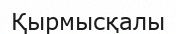
Қырмысқалы